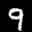
Label: 9